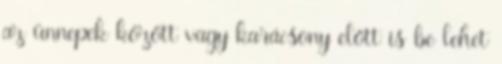
az ünnepek között vagy karácsony előtt is be lehet